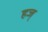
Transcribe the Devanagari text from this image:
हज्